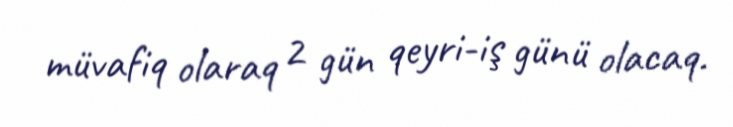
müvafiq olaraq 2 gün qeyri-iş günü olacaq.